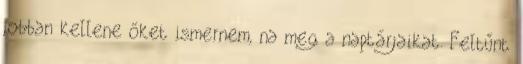
jobban kellene őket ismernem, na meg a naptárjaikat. Feltűnt